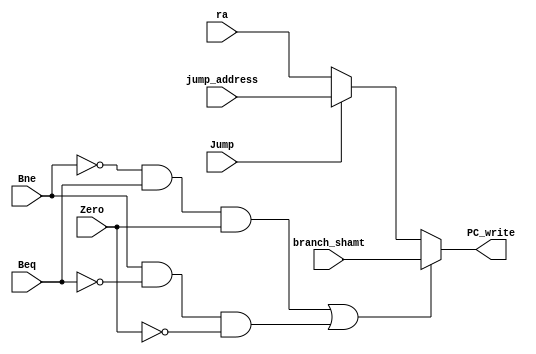
`ifndef MODULE_BRANCHPC
`define MODULE_BRANCHPC

`timescale 1ns / 1ps
//////////////////////////////////////////////////////////////////////////////////
// Company: 
// Engineer: 
// 
// Design Name: 
// Module Name: branch_pc
// Project Name: 
// Target Devices: 
// Tool Versions: 
// Description: 
// 
// Dependencies: 
// 
// Revision:
// Revision 0.01 - File Created
// Additional Comments:
// 
//////////////////////////////////////////////////////////////////////////////////


module branch_pc(ra, branch_shamt, jump_address, Jump, Beq, Bne, PC_write, Zero);
    input [31:0] ra, branch_shamt, jump_address;
    input Jump, Beq, Bne, Zero;
    output reg [31:0] PC_write;

    always @ (ra or branch_shamt or jump_address or Jump or Beq or Bne or Zero)
    begin
        if (  (Bne == 0 & Beq == 1 & Zero == 1) | (Bne == 1 & Beq == 0 & Zero == 0) ) PC_write = branch_shamt;
        else if ( Jump == 1 ) PC_write = jump_address;
        else PC_write = ra;

    end


endmodule

`endif